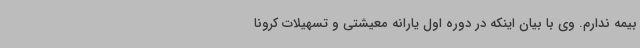
بیمه ندارم. وی با بیان اینکه در دوره اول یارانه معیشتی و تسهیلات کرونا